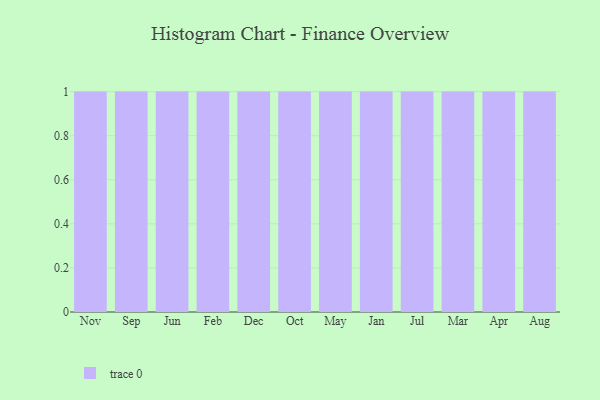
{"axis": {"x": "Month", "y": "LTV (USD)"}, "legend": [""], "data": [{"x": "Nov", "y": 54, "type": ""}, {"x": "Sep", "y": 49, "type": ""}, {"x": "Jun", "y": 60, "type": ""}, {"x": "Feb", "y": 43, "type": ""}, {"x": "Dec", "y": 78, "type": ""}, {"x": "Oct", "y": 37, "type": ""}, {"x": "May", "y": 73, "type": ""}, {"x": "Jan", "y": 4, "type": ""}, {"x": "Jul", "y": 88, "type": ""}, {"x": "Mar", "y": 92, "type": ""}, {"x": "Apr", "y": 75, "type": ""}, {"x": "Aug", "y": 67, "type": ""}]}